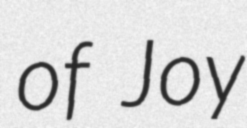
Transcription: of Joy